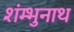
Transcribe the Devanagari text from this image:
शंम्भुनाथ